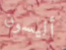
أليسون